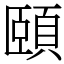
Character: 頤